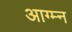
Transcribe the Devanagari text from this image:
आग्म्न